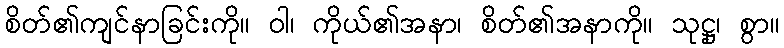
စိတ်၏ကျင်နာခြင်းကို။ ဝါ၊ ကိုယ်၏အနာ၊ စိတ်၏အနာကို။ သုဋ္ဌု၊ စွာ။